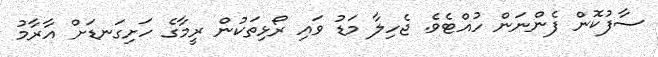
ސާފުކޮން ފެންނަން ހުއްޓެވެ. ޖެހިލާ މަޑު ވައި ރޯޅިތަކުން ރީމާގެ ހަށިގަނޑަށް އާރާމު